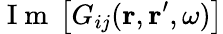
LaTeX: \mathrm{~I~m~}\left[G_{ij}(\mathbf{r},\mathbf{r}^{\prime},\omega)\right]